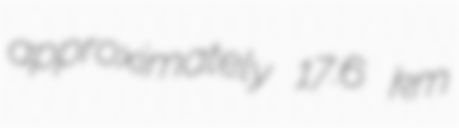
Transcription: approximately 17.6 km